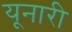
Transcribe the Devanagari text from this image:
यूनारी